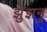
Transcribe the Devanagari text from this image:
झुंझनु